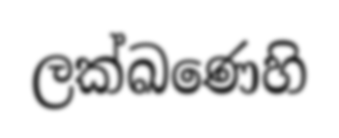
ලක්ඛණෙහි